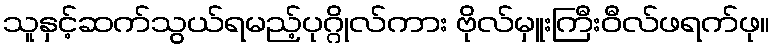
သူနှင့်ဆက်သွယ်ရမည့်ပုဂ္ဂိုလ်ကား ဗိုလ်မှူးကြီးဝီလ်ဖရက်ဖု။